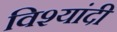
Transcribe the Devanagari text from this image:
विश्यांदी